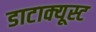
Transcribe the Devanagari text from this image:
डाटाक्यूस्ट